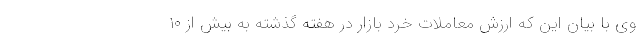
وی با بیان این که ارزش معاملات خرد بازار در هفته گذشته به بیش از ۱۰